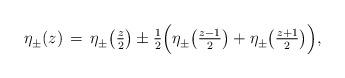
LaTeX: \begin{align*} \eta^{}_{\pm} (z) \, = \, \eta^{}_{\pm} \bigl(\tfrac{z}{2}\bigr) \pm \tfrac{1}{2} \Bigl( \eta^{}_{\pm} \bigl(\tfrac{z-1}{2}\bigr) + \eta^{}_{\pm} \bigl(\tfrac{z+1}{2}\bigr) \Bigr),\end{align*}